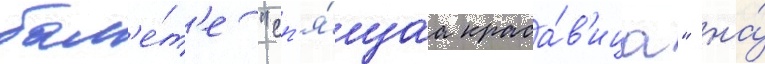
бал'е́т'е "сп'я́щаа краса́в'ица" на́